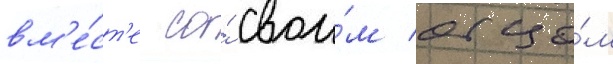
вм'е́ст'е со́ свои́м отцо́м